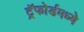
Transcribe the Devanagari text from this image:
ट्रॅफोर्डमध्ये